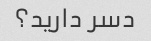
دسر دارید؟